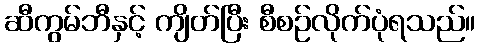
ဆီကွမ်ဘီနှင့် ကျိတ်ပြီး စီစဉ်လိုက်ပုံရသည်။